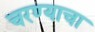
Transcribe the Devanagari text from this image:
चरण्याचा